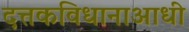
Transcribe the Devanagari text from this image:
दत्तकविधानाआधी